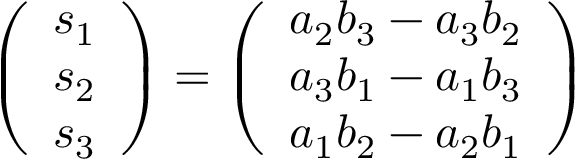
{ \left( \begin{array} { l } { s _ { 1 } } \\ { s _ { 2 } } \\ { s _ { 3 } } \end{array} \right) } = { \left( \begin{array} { l } { a _ { 2 } b _ { 3 } - a _ { 3 } b _ { 2 } } \\ { a _ { 3 } b _ { 1 } - a _ { 1 } b _ { 3 } } \\ { a _ { 1 } b _ { 2 } - a _ { 2 } b _ { 1 } } \end{array} \right) }